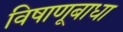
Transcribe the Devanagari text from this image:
विषाणूबाधा